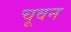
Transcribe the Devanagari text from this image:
चूवन